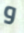
و